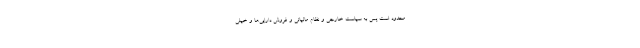
محدود است پس به سیاست خارجی و نظام مالیاتی و فروش دارایی‌ها و خیلی